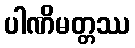
ပါဏိမတ္တဿ